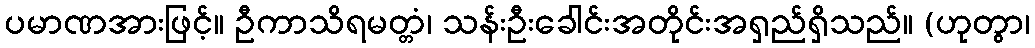
ပမာဏအားဖြင့်။ ဦကာသိရမတ္တံ၊ သန်းဦးခေါင်းအတိုင်းအရှည်ရှိသည်။ (ဟုတွာ၊